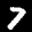
Digit: 7